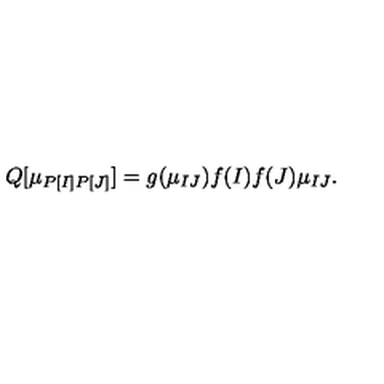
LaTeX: Q [ \mu _ { P [ I ] P [ J ] } ] = g ( \mu _ { I J } ) f ( I ) f ( J ) \mu _ { I J } .